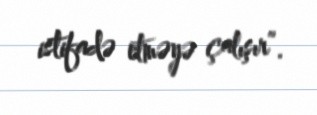
istifadə etməyə çalışır”.